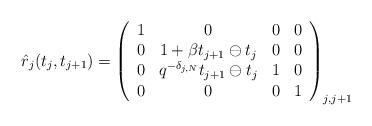
LaTeX: \begin{align*}\hat{r}_{j}(t_{j},t_{j+1})=\left( \begin{array}{cccc}1 & 0 & 0 & 0 \\ 0 & 1+\beta t_{j+1}\ominus t_{j} & 0 & 0 \\ 0 & q^{-\delta _{j,N}}t_{j+1}\ominus t_{j} & 1 & 0 \\ 0 & 0 & 0 & 1\end{array}\right) _{j,j+1}\end{align*}